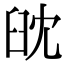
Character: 𦥟